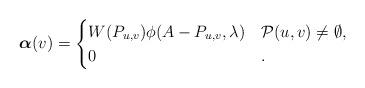
LaTeX: \begin{align*} \boldsymbol{\alpha}(v)= \begin{cases} W(P_{u,v})\phi(A-P_{u,v},\lambda) & \mathcal{P}(u,v)\neq \emptyset,\\ 0 & . \end{cases} \end{align*}